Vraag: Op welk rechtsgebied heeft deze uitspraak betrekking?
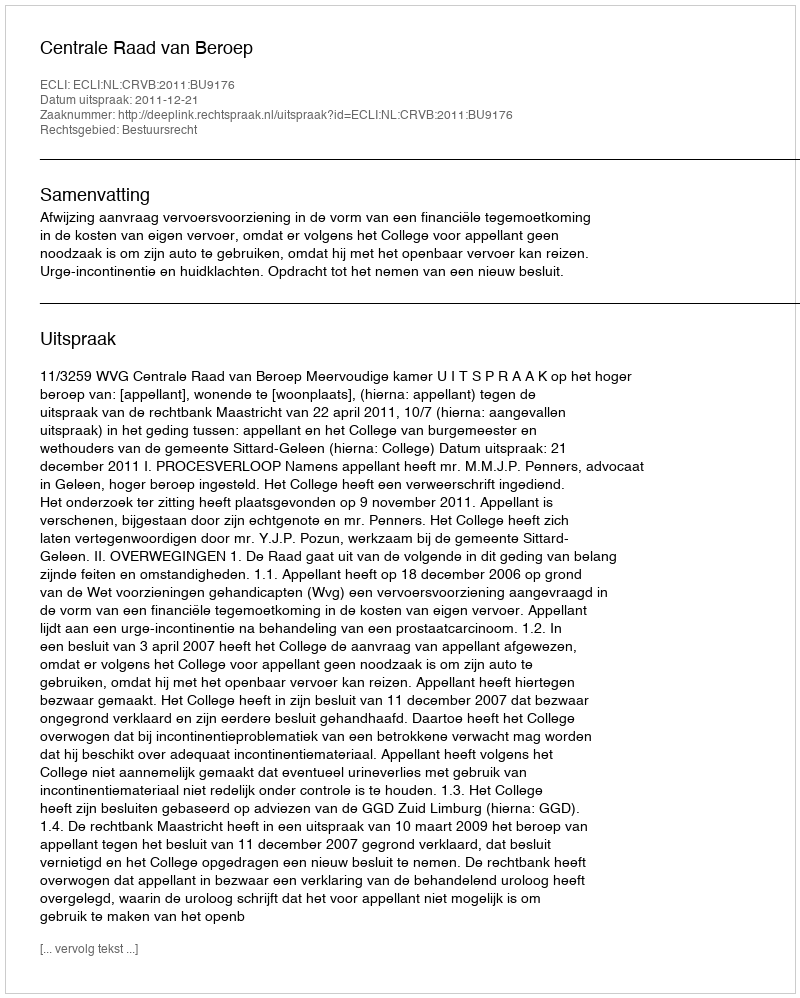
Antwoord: Bestuursrecht